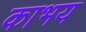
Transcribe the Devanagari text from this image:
काभय